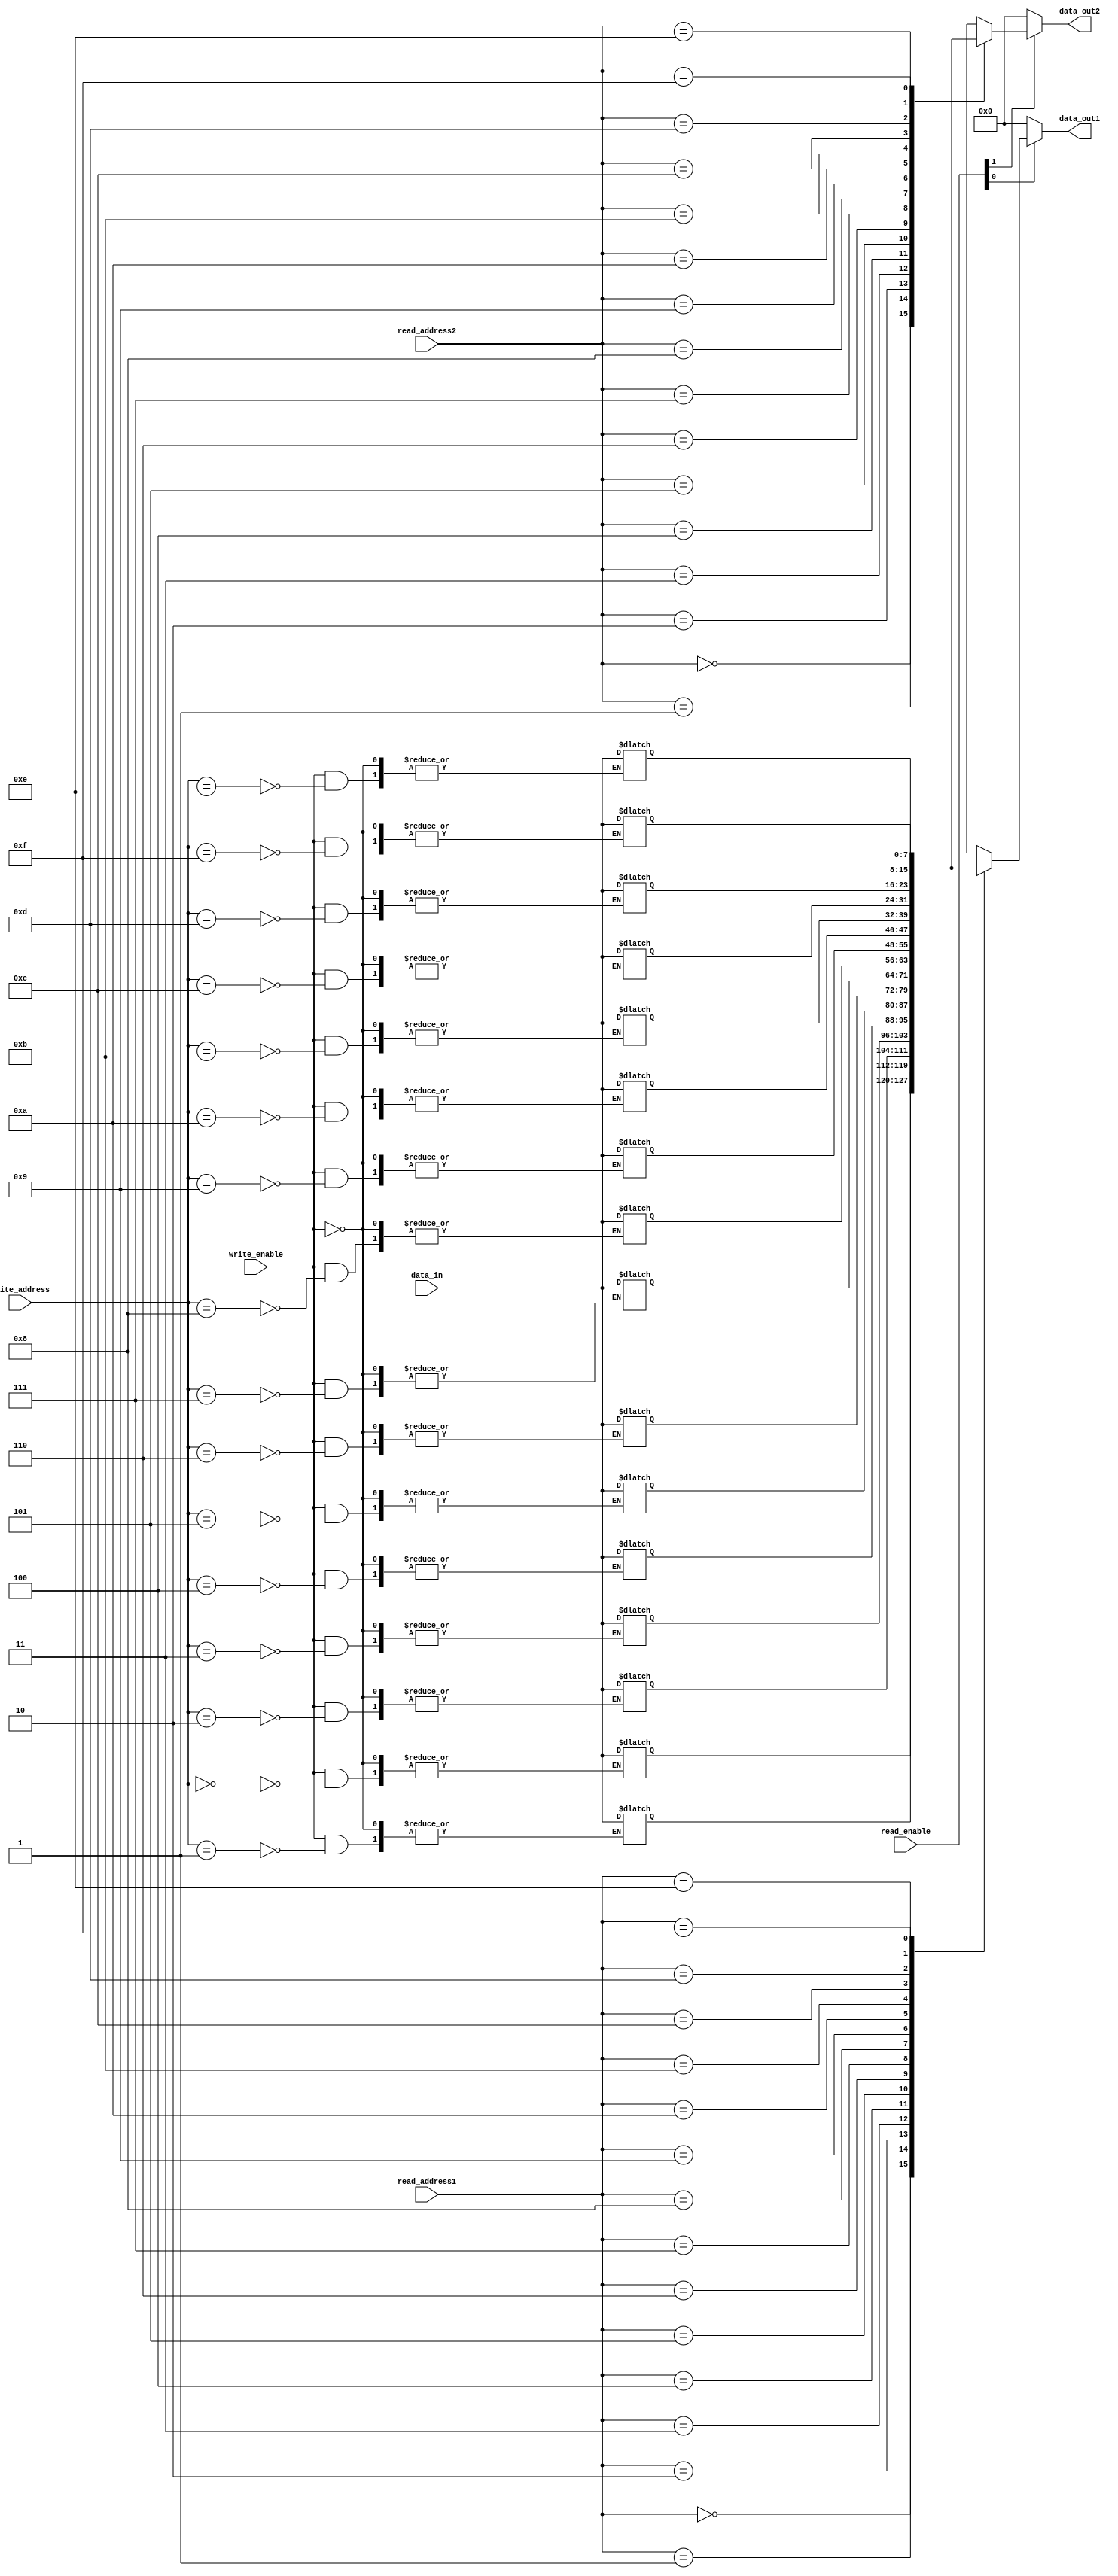
module register_file #(parameter WIDTH = 8, parameter NUM_REGISTERS = 16, parameter NUM_READ_PORTS = 2, parameter NUM_WRITE_PORTS = 1)(
    input wire [NUM_READ_PORTS-1:0] read_enable,
    input wire [NUM_WRITE_PORTS-1:0] write_enable,
    input wire [3:0] read_address1,
    input wire [3:0] read_address2,
    input wire [3:0] write_address,
    input wire [WIDTH-1:0] data_in,

    output reg [WIDTH-1:0] data_out1,
    output reg [WIDTH-1:0] data_out2
);

reg [WIDTH-1:0] registers[NUM_REGISTERS];

always @* begin
    if (read_enable[0]) begin
        data_out1 = registers[read_address1];
    end else begin
        data_out1 = 0;
    end

    if (read_enable[1]) begin
        data_out2 = registers[read_address2];
    end else begin
        data_out2 = 0;
    end

    if (write_enable) begin
        registers[write_address] <= data_in;
    end
end

endmodule